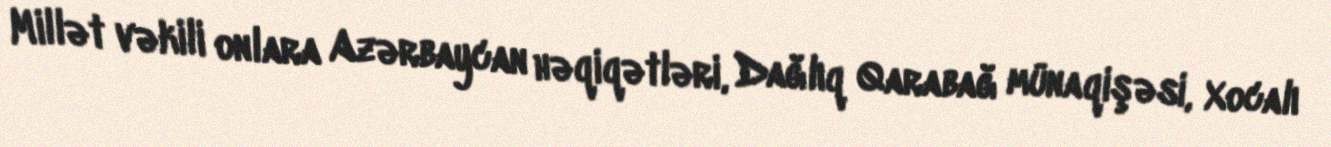
Millət vəkili onlara Azərbaycan həqiqətləri, Dağlıq Qarabağ münaqişəsi, Xocalı